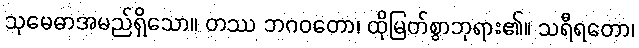
သုမေဓာအမည်ရှိသော။ တဿ ဘဂဝတော၊ ထိုမြတ်စွာဘုရား၏။ သရီရတော၊